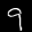
Label: 9